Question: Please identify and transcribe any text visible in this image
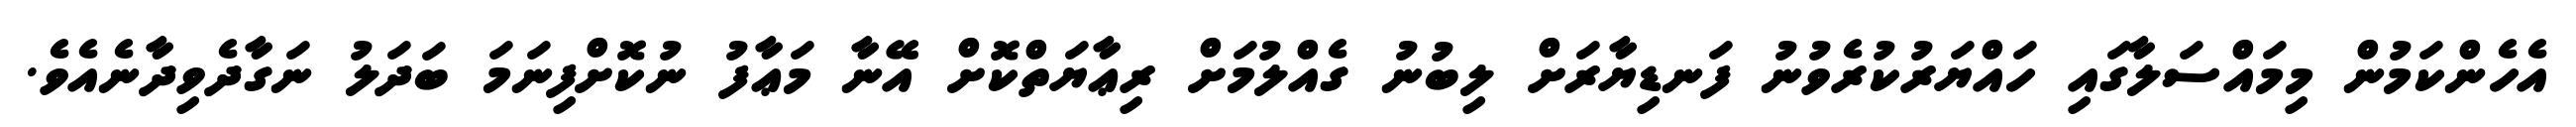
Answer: އެހެންކަމުން މިމައްސަލާގައި ހައްޔަރުކުރެވުނު ފަނޑިޔާރަށް ލިބުނު ގެއްލުމަށް ރިޢާޔަތްކޮށް އޭނާ މަޢާފު ނުކޮށްފިނަމަ ބަދަލު ނަގާދެވިދާނެއެވެ.